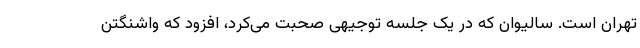
تهران است. سالیوان که در یک جلسه توجیهی صحبت می‌کرد، افزود که واشنگتن